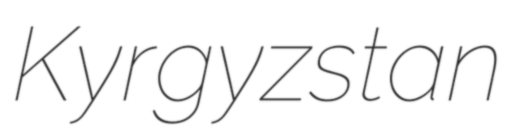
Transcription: Kyrgyzstan